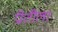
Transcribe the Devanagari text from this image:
प्रीतीला